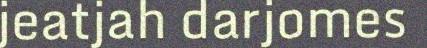
jeatjah darjomes